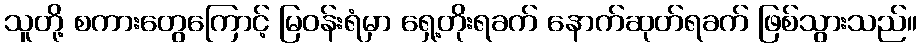
သူတို့ စကားတွေကြောင့် မြဝန်းရံမှာ ရှေ့တိုးရခက် နောက်ဆုတ်ရခက် ဖြစ်သွားသည်။